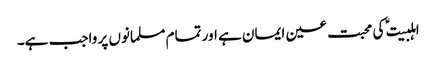
اہلبیت ؑ کی محبت عین ایمان ہے اور تمام مسلمانوں پر واجب ہے۔